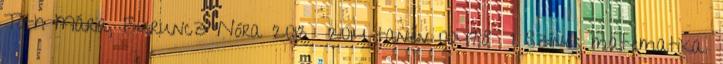
Tóth Mária, Buruncz Nóra 2013 2014 tanév 00478 I Színes matematika.